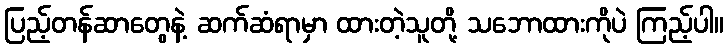
ပြည့်တန်ဆာတွေနဲ့ ဆက်ဆံရာမှာ ထားတဲ့သူတို့ သဘောထားကိုပဲ ကြည့်ပါ။